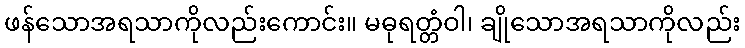
ဖန်သောအရသာကိုလည်းကောင်း။ မဓုရတ္တံဝါ၊ ချိုသောအရသာကိုလည်း